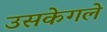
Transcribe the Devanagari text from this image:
उसकेगले